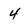
Character: 4